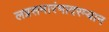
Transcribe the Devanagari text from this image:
लग्नसमारंभादरम्यान